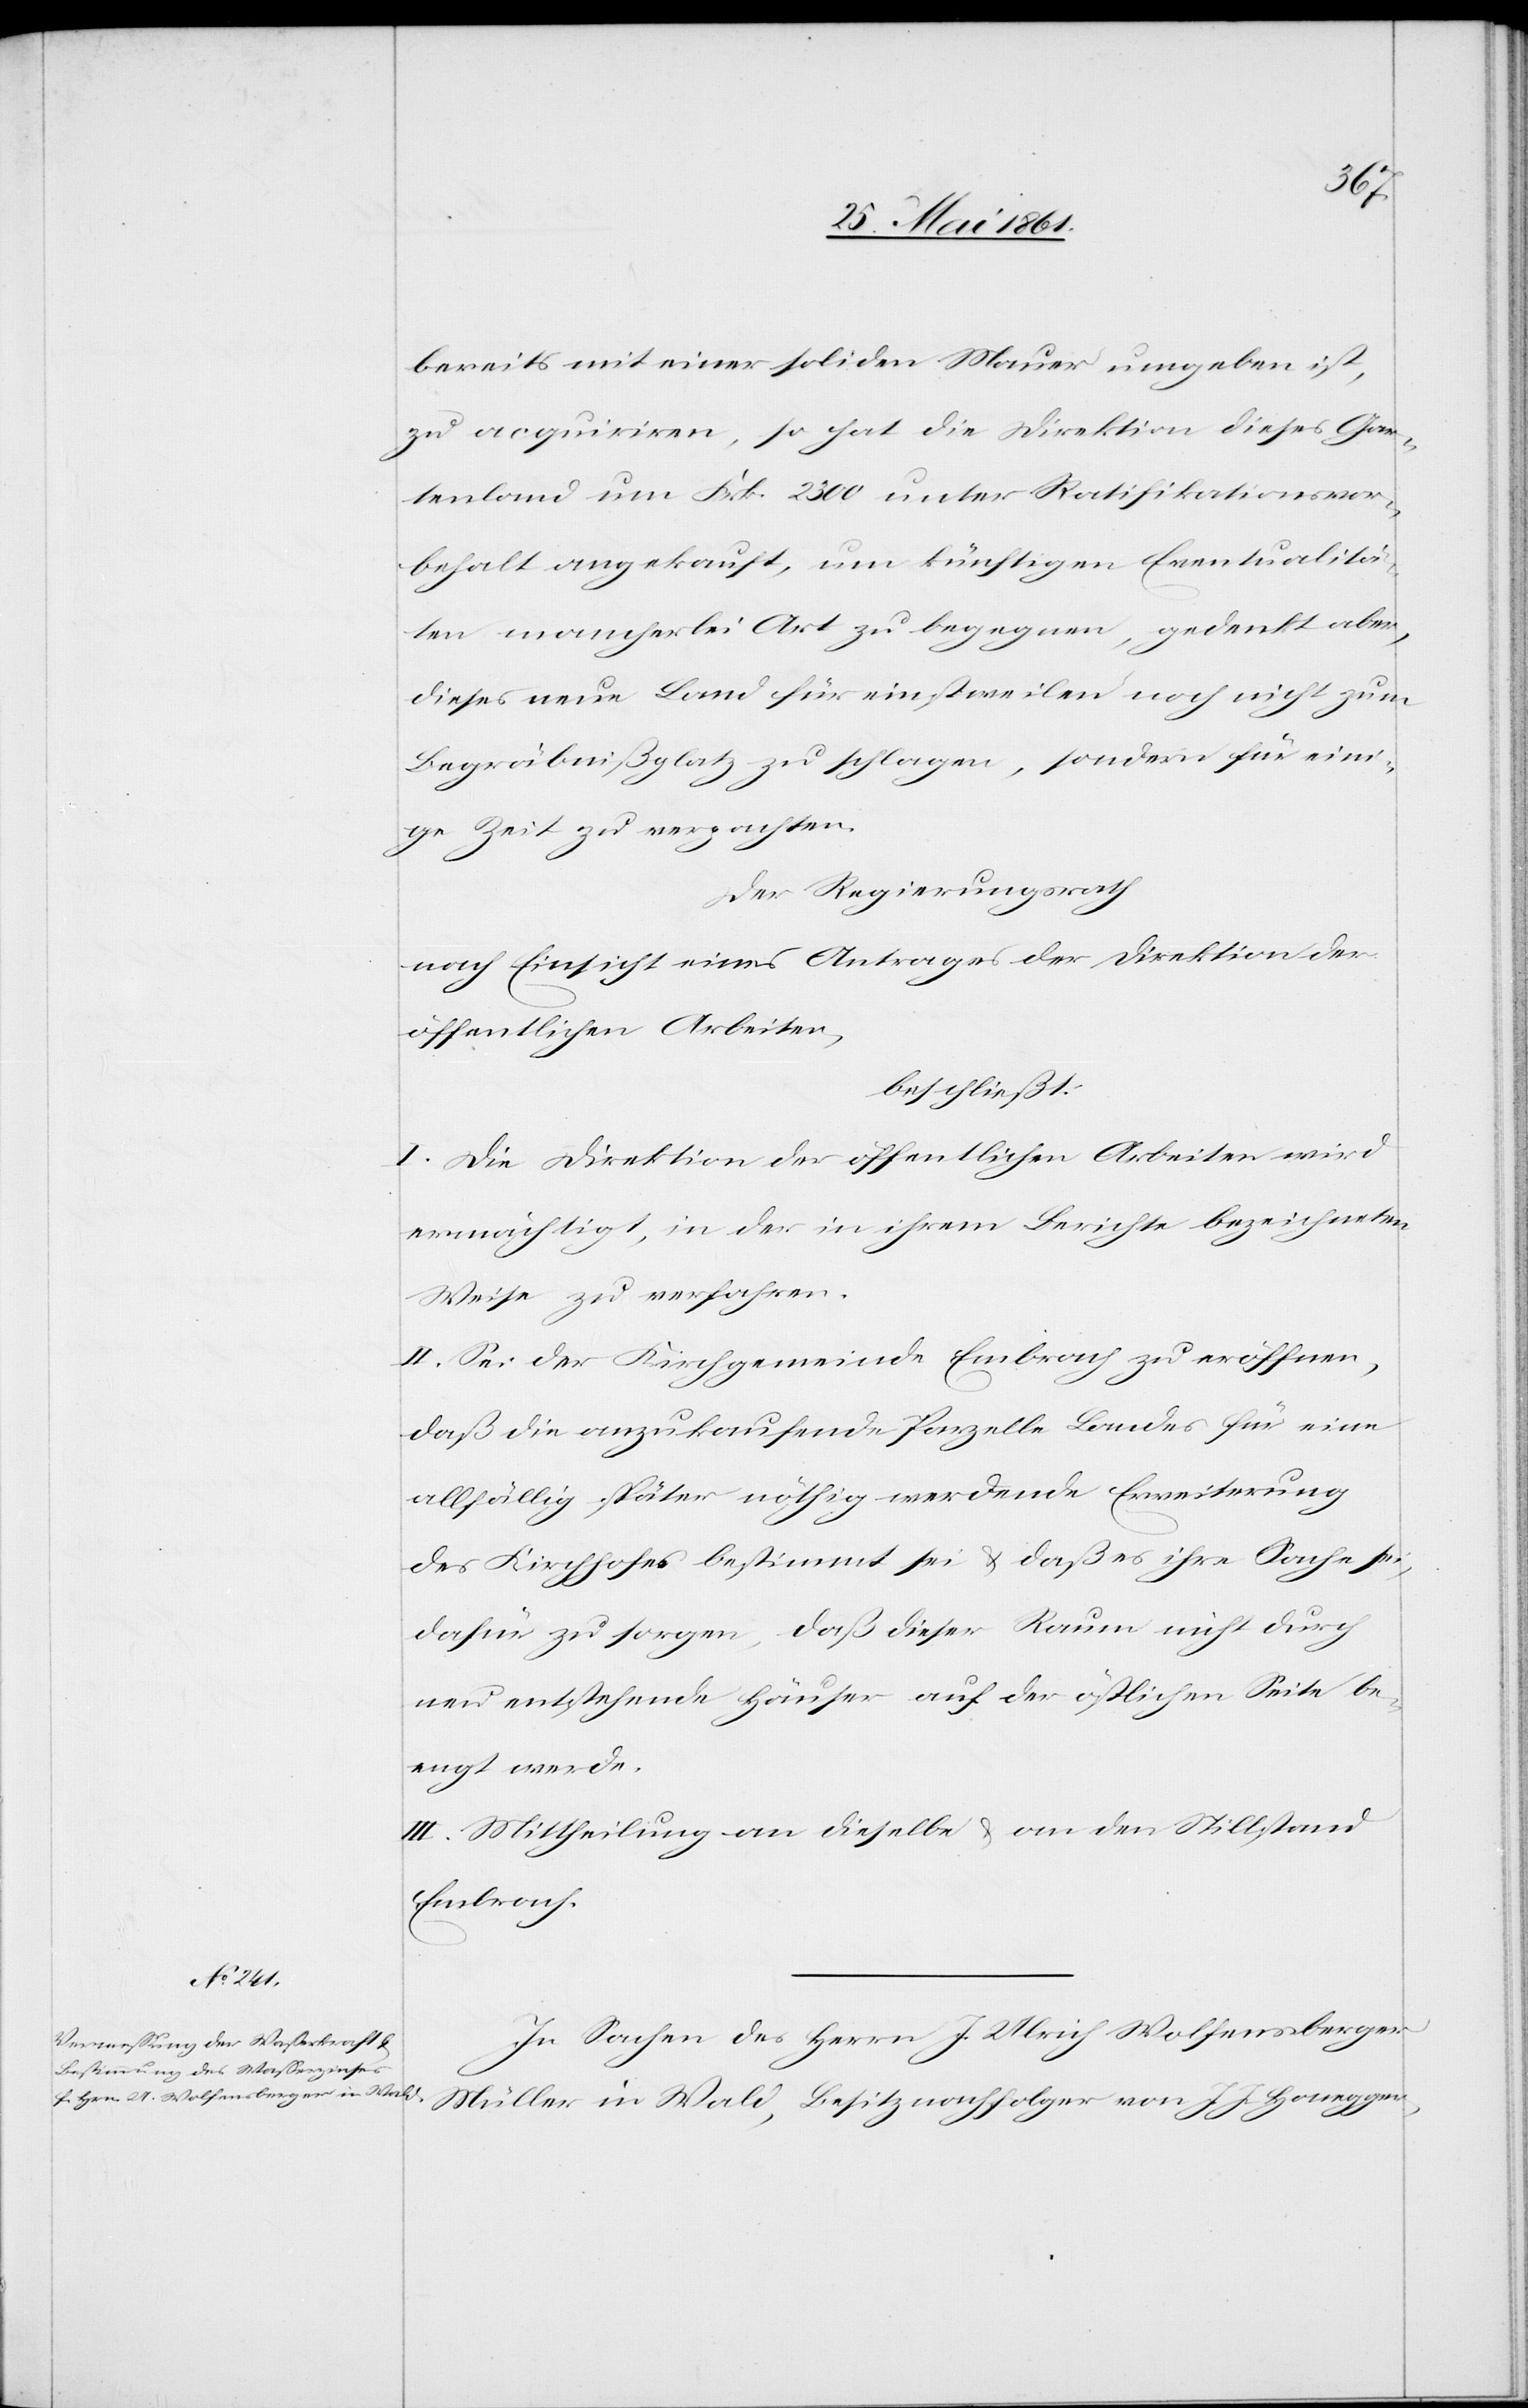
bereits mit einer soliden Mauer umgeben ist,
zu acquiriren, so hat die Direktion dieses Gar¬
tenland um Frk. 2300 unter Ratifikationsvor¬
behalt angekauft, um künftigen Eventualitä¬
ten mancherlei Art zu begegnen, gedenkt aber,
dieses neue Land für einstweilen noch nicht zum
Begräbnißplatz zu schlagen, sondern für eini¬
ge Zeit zu verpachten.
Der Regierungsrath
nach Einsicht eines Antrages der Direktion der
öffentlichen Arbeiten,
beschließt:
I. Die Direktion der öffentlichen Arbeiten wird
ermächtigt, in der in ihrem Berichte bezeichneten
Weise zu verfahren.
II. Sei der Kirchgemeinde Embrach zu eröffnen,
daß die anzukaufende Parzelle Landes für eine
allfällig später nöthig werdende Erweiterung
des Kirchhofes bestimmt sei u. daß es ihre Sache sei,
dafür zu sorgen, daß dieser Raum nicht durch
neu entstehende Häuser auf der östlichen Seite be¬
engt werde.
III. Mittheilung an dieselbe u. an den Stillstand
Embrach.
In Sachen des Herrn J. Ulrich Wolfensberger
Müller in Wald, Besitznachfolger von J. J. Honegger,